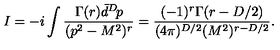
I = - i \int \frac { \Gamma ( r ) \bar { d } ^ { D } \! p } { ( p ^ { 2 } - M ^ { 2 } ) ^ { r } } = \frac { ( - 1 ) ^ { r } \Gamma ( r - D / 2 ) } { ( 4 \pi ) ^ { D / 2 } ( M ^ { 2 } ) ^ { r - D / 2 } } .